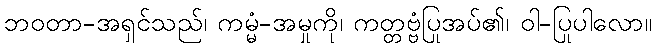
ဘဝတာ-အရှင်သည်၊ ကမ္မံ-အမှုကို၊ ကတ္တဗ္ဗံပြုအပ်၏၊ ဝါ-ပြုပါလော။